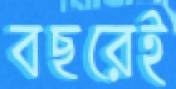
বছরেই